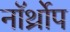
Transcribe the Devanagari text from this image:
नॉर्थ्रोप